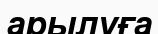
арылуға